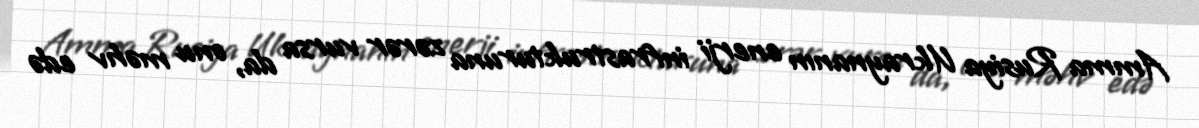
Amma Rusiya Ukraynanın enerji infrastrukturuna zərər vursa da, onu məhv edə